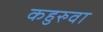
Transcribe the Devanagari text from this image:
कहुरुवा